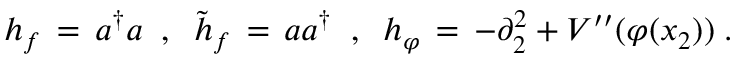
h _ { f } \, = \, a ^ { \dagger } a \; \; , \; \; { \tilde { h } } _ { f } \, = \, a a ^ { \dagger } \; \; , \; \; h _ { \varphi } \, = \, - \partial _ { 2 } ^ { 2 } + V ^ { \prime \prime } ( \varphi ( x _ { 2 } ) ) \; .